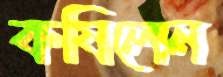
কষিলেন